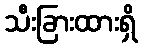
သီးခြားထားရှိ